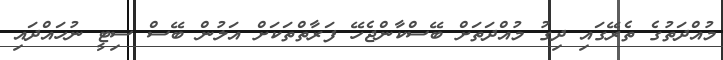
މުއްދަތުގެ ތެރޭގައި ދިގު މުއްދަތަށް ބޭސްކާންޖެހޭ ފަރާތްތަކަށް އަލުން ބޭސް ސިޓީ ނުހައްދައި